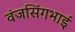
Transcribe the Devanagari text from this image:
वंजसिंगभाई